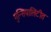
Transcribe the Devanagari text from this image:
मुन्सिपालिटीत